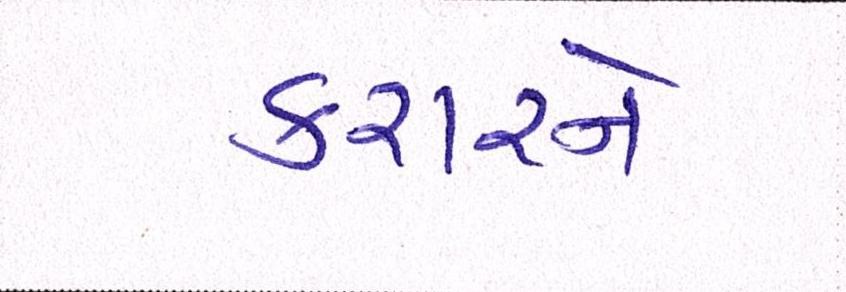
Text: કરારને